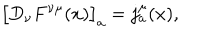
\bigl [ D _ { \nu } F ^ { \nu \mu } ( x ) \bigr ] _ { a } = j _ { a } ^ { \mu } ( x ) ,